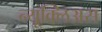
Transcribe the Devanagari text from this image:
न्यूक्लिअस